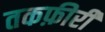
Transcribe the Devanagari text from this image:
तकफ़ीरी